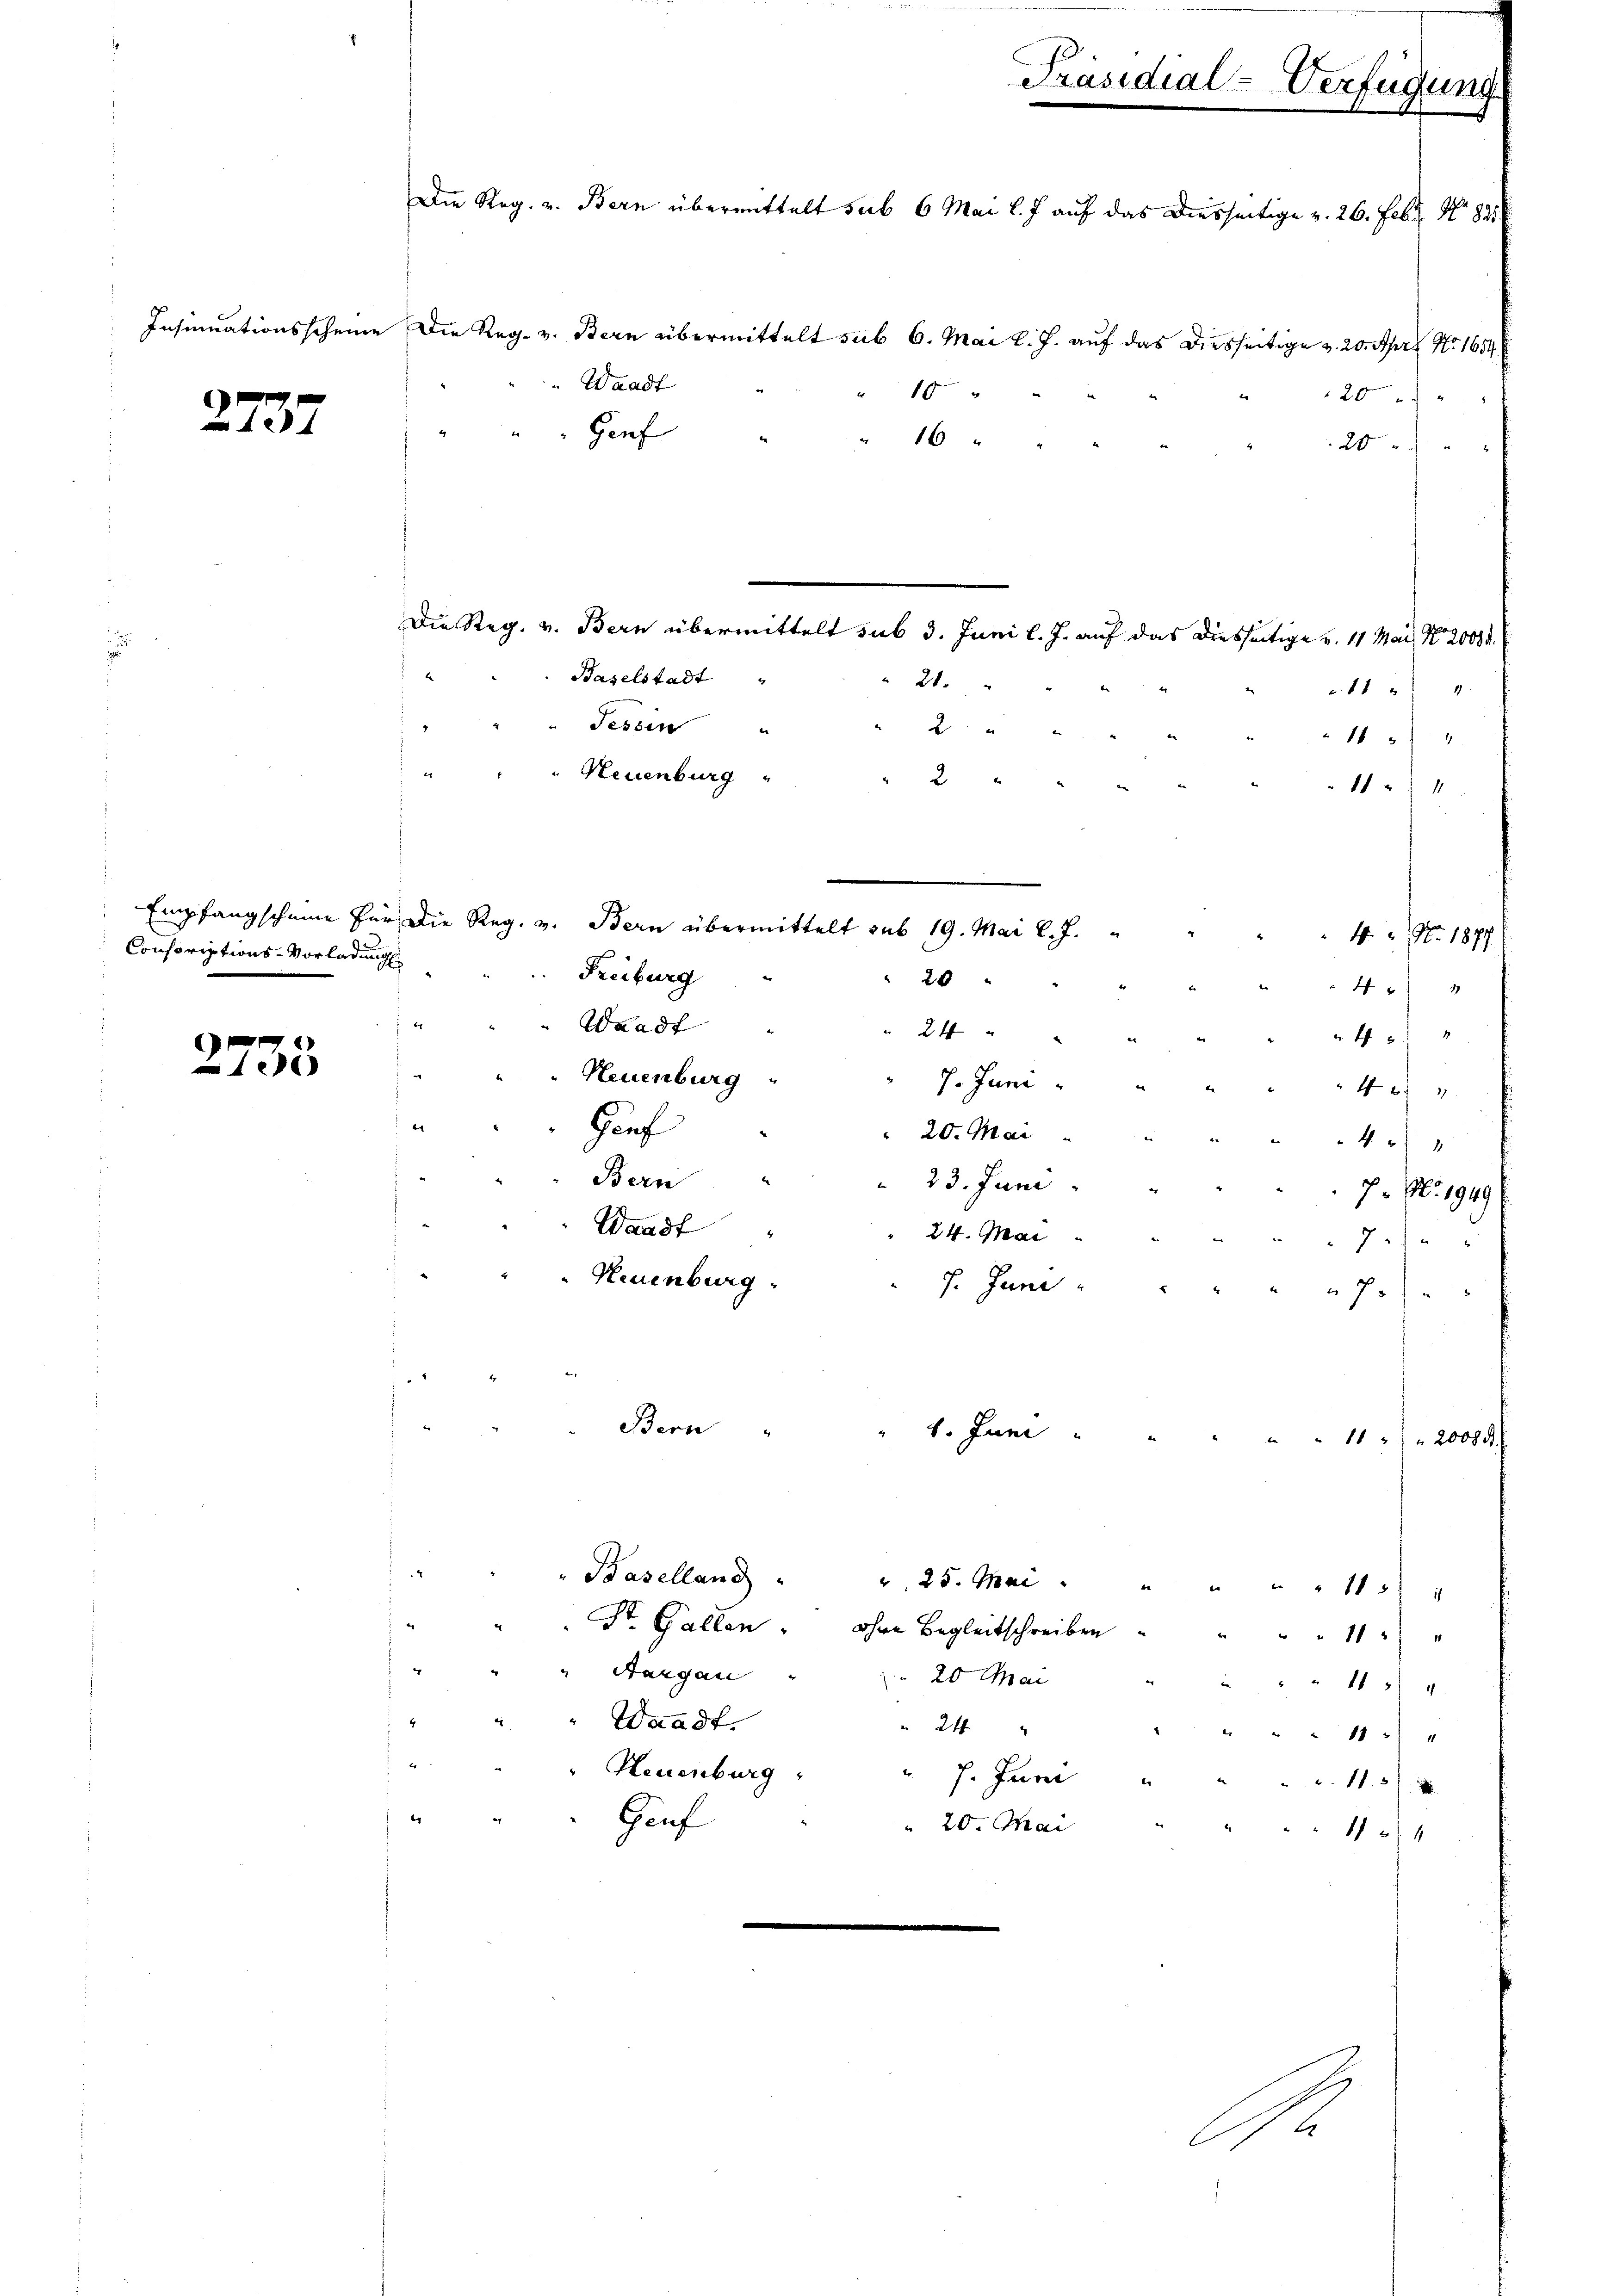
Conscriptions-Vorladung

2733

Präsidial-Verfügung
Die Reg. v. Bern übermittelt sub 6 Mai l. J. auf das Diesseitige v. 26. Febr. No 825
Insinuationsscheine Die Reg. v. Bern übermittelt sub 6. Mai l. J. auf das Diesseitige v. 20. Apr. No. 1654.
Waadt
10
20
2737
Gauf
" 16
20

Aargau
Waadt.
Neuenburg

Hauf

Die Reg. v. Bern übermittelt sub 3. Juni l. J. auf das diesseitige v. 11 Mai, N. 2000 d
Baselstadt
21.
Fessen
2
d
154
Neuenburg
2
1 xx
Empfangscheine für die Reg. v. Bern übermittelt sub 19. Mai l. J.
4. No. 1877
Freiburg
20
481
Waadt
24 " "
40f
Neuenburg
7. Juni
44
Hauf
20. Mai
41
Bern
 23. Juni
7. No. 1949
Waadt
24. Mai
7
Neuenburg.
7. Juni
hohe
Bern

1. Juni

" Baselland " " 25. Mai    "  "    115 "
St. Gallen ohne Begleitschreiben " " " " 11 "
 20 Mai
24
 7. Juni
20. Mai

E

11
4

11 20000

1
1
e
115)
124